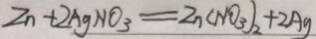
Z n + 2 A g N O _ { 3 } = Z n ( N O _ { 3 } ) _ { 2 } + 2 A g